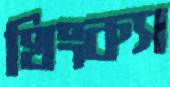
থিংকস